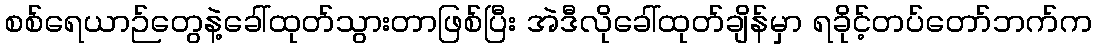
စစ်ရေယာဉ်တွေနဲ့ခေါ်ထုတ်သွားတာဖြစ်ပြီး အဲဒီလိုခေါ်ထုတ်ချိန်မှာ ရခိုင့်တပ်တော်ဘက်က